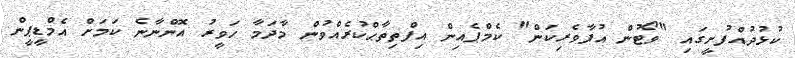
ކުޅުދުއްފުށީގައި "ވޯޓުން އުފާވެރިކަން" ކެމްޕެއިން އިފްތިތާޙްކުރެއްވުން މާދަމާ ހަވީރު އޮންނާނެ ކަމަށް އެމްޑީޕީން